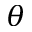
\theta